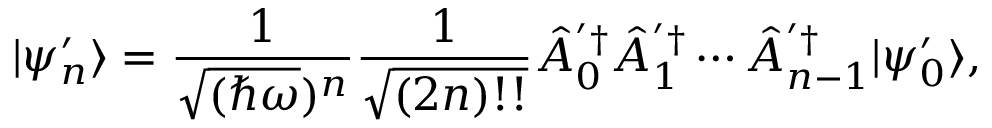
| \psi _ { n } ^ { \prime } \rangle = \frac { 1 } { \sqrt { ( \hbar \omega } ) ^ { n } } \frac { 1 } { \sqrt { ( 2 n ) ! ! } } \hat { A } _ { 0 } ^ { ' \dagger } \hat { A } _ { 1 } ^ { ' \dagger } \cdots \hat { A } _ { n - 1 } ^ { ' \dagger } | \psi _ { 0 } ^ { \prime } \rangle ,